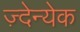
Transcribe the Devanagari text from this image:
ज़्देन्येक